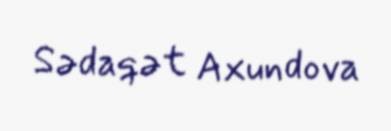
Sədaqət Axundova